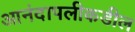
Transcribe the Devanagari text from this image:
आनंदापलीकडील